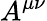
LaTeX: A^{\mu\nu}